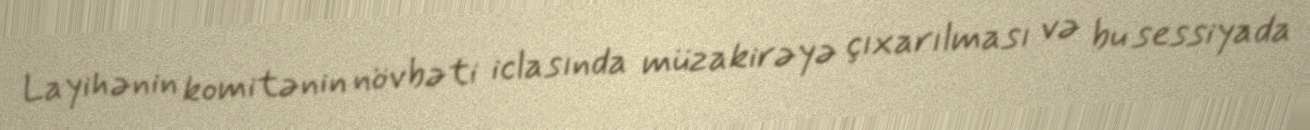
Layihənin komitənin növbəti iclasında müzakirəyə çıxarılması və bu sessiyada